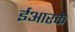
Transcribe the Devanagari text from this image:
ईआरके